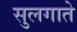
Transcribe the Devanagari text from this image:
सुलगाते